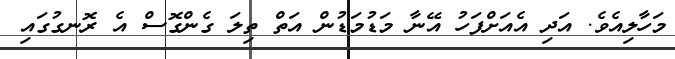
މަހާލިއެވެ. އަދި އެއަށްފަހު އޭނާ މަޑުމަޑުން އަތް ތިލަ ގެންގޮސް އެ ރޮނގުގައި